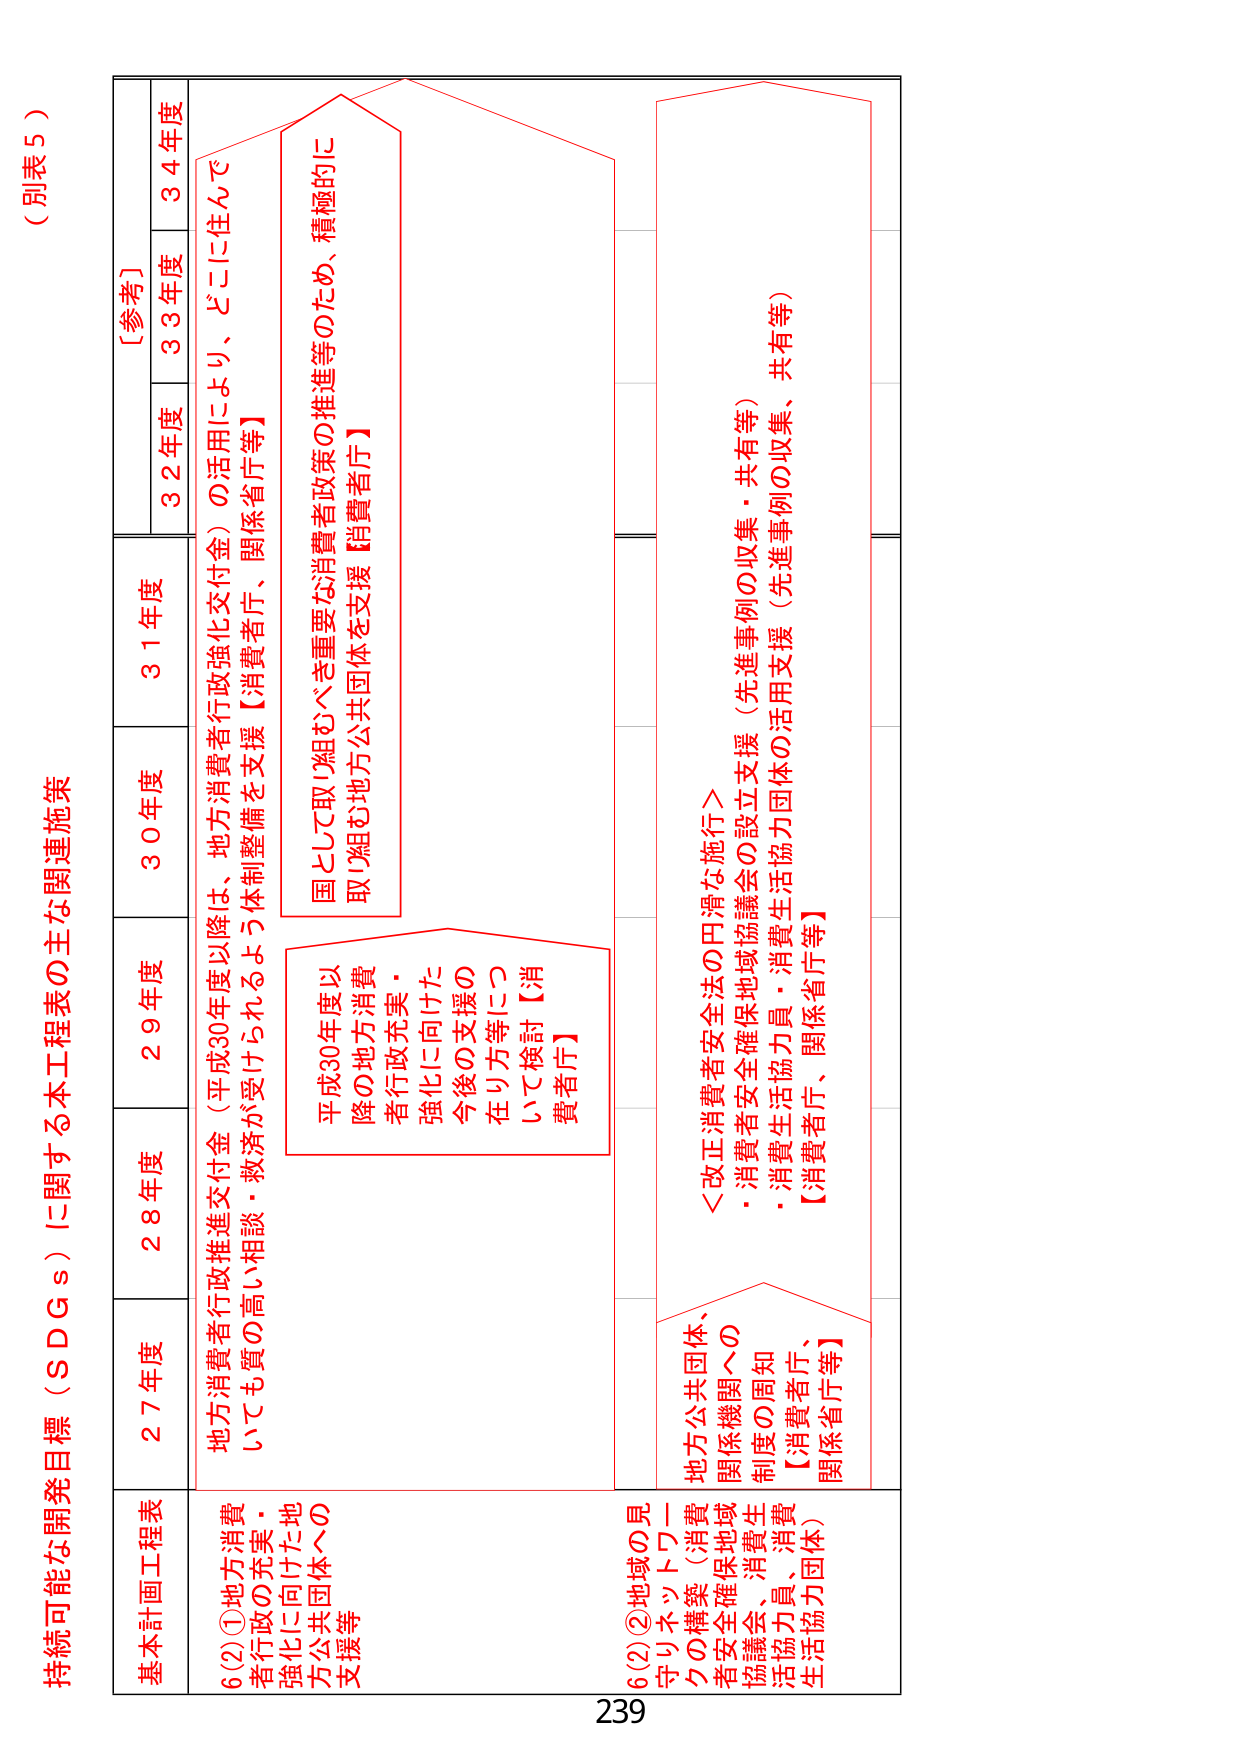
（別表５）

持続可能な開発目標（ＳＤＧｓ）に関する本工程表の主な関連施策

基本計画工程表
27年度 28年度 29年度 30年度 31年度 32年度 33年度 34年度
［参考］

6(2)①地方消費者行政の充実・強化に向けた地方公共団体への支援等
地方消費者行政推進交付金（平成30年度以降は、地方消費者行政強化交付金）の活用により、どこに住んでいても質の高い相談・救済が受けられるよう体制整備を支援【消費者庁、関係省庁等】

平成30年度以降の地方消費者行政充実・強化に向けた今後の支援の在り方等について検討【消費者庁】

国として取り組むべき重要な消費者政策の推進等のため、積極的に取り組む地方公共団体を支援【消費者庁】

6(2)②地域の見守りネットワークの構築（消費者安全確保地域協議会、消費生活協力員、消費生活協力団体）
地方公共団体、関係機関への制度の周知【消費者庁、関係省庁等】

＜改正消費者安全法の円滑な施行＞
・消費者安全確保地域協議会の設立支援（先進事例の収集・共有等）
・消費生活協力員・消費生活協力団体の活用支援（先進事例の収集、共有等）
【消費者庁、関係省庁等】

239